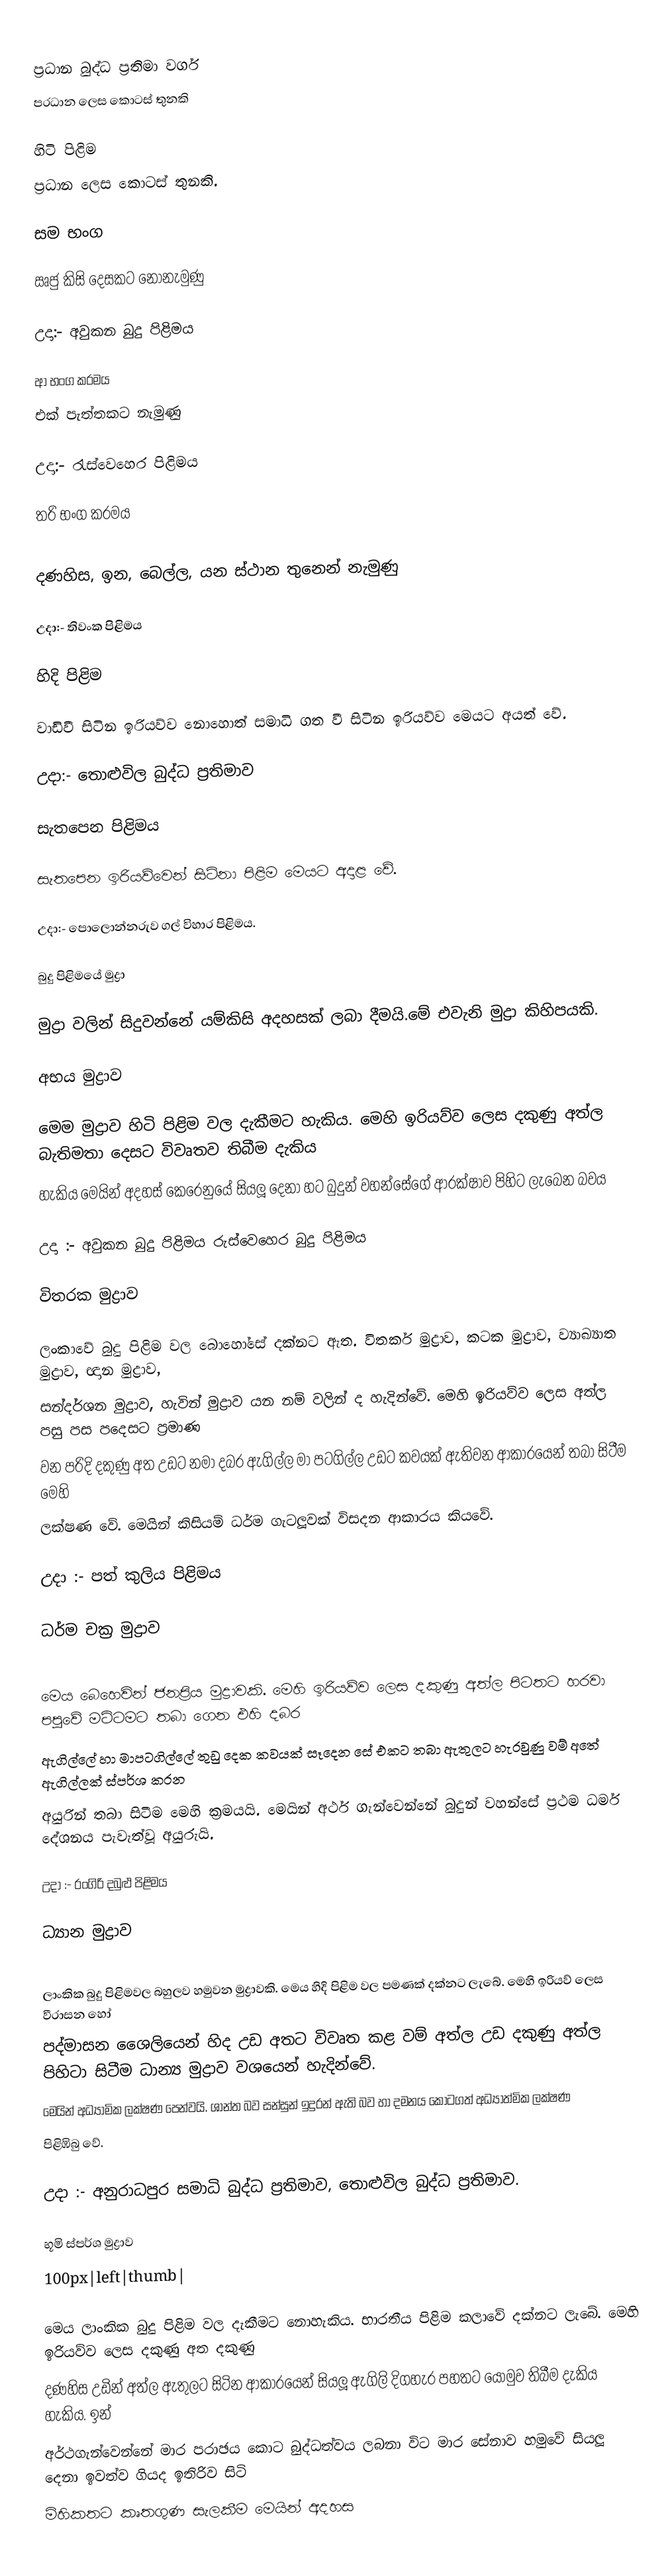

ප්‍රධාන බුද්ධ ප‍්‍රතිමා වර්ග
ප‍්‍රධාන ලෙස කොටස් තුනකි

හිටි පිළිම
ප‍්‍රධාන ලෙස කොටස් තුනකි.

සම භංග

ඍජු කිසි දෙසකට නොනැමුණු

උදා:-  අවුකන බුදු පිළිමය

ආ භංග ක‍්‍රමය
එක් පැත්තකට නැමුණු

උදා:- රැස්වෙහෙර පිළිමය

ත‍්‍රි භංග ක‍්‍රමය

දණහිස, ඉන, බෙල්ල, යන ස්ථාන තුනෙන් නැමුණු

උදා:- තිවංක පිළිමය

හිදි පිළිම

වාඩිවී සිටින ඉරියව්ව නොහොත් සමාධි ගත වී සිටින ඉරියව්ව මෙයට අයත් වේ.

උදා:- තොළුවිල බුද්ධ ප්‍රතිමාව

සැතපෙන පිළිමය

සැතපෙන ඉරියව්වෙන් සිටිනා පිළිම මෙයට අදාළ වේ.

උදා:- පොලොන්නරුව ගල් විහාර පිළිමය.

බුදු පිළිමයේ මුද්‍රා

මුද්‍රා වලින් සිදුවන්නේ යම්කිසි අදහසක් ලබා දීමයි.මේ එවැනි මුද්‍රා කිහිපයකි.

අභය මුද්‍රාව

මෙම මුද්‍රාව හිටි පිළිම වල දැකීමට හැකිය. මෙහි ඉරියව්ව ලෙස දකුණු අත්ල බැතිමතා දෙසට විවෘතව තිබීම දැකිය
හැකිය මෙයින් අදහස් කෙරෙනුයේ සියලූ දෙනා හට බුදුන් වහන්සේගේ ආරක්ෂාව පිහිට ලැබෙන බවය

උදා :- අවුකන බුදු පිළිමය රුස්වෙහෙර බුදු පිළිමය

විතරක මුද්‍රාව

ලංකාවේ බුදු පිළිම වල බොහෝසේ දක්නට ඇත. විතර්ක මුද්‍රාව, කටක මුද්‍රාව, ව්‍යාඛ්‍යාත මුද්‍රාව, ඥාන මුද්‍රාව,
සන්දර්ශන මුද්‍රාව, හැවින් මුද්‍රාව යන නම් වලින් ද හැදින්වේ. මෙහි ඉරියව්ව ලෙස අත්ල පසු පස පදෙසට ප‍්‍රමාණ
වන පරිදි දකුණු අත උඩට නමා දබර ඇගිල්ල මා පටගිල්ල උඩට කවයක් ඇතිවන ආකාරයෙන් තබා සිටීම මෙහි
ලක්ෂණ වේ. මෙයින් කිසියම් ධර්ම ගැටලූවක් විසදන ආකාරය කියවේ.

උදා :- පත් කුලිය පිළිමය

ධර්ම චක‍්‍ර මුද්‍රාව

මෙය බෙහෙවින් ජනප‍්‍රිය මුද්‍රාවකි. මෙහි ඉරියව්ව ලෙස දකුණු අත්ල පිටතට හරවා පපුවේ මට්ටමට තබා ගෙන එහි දබර
ඇගිල්ලේ හා මාපටගිල්ලේ තුඩු දෙක කවයක් සෑදෙන සේ එකට තබා ඇතුලට හැරවුණු වම් අතේ ඇගිල්ලක් ස්පර්ශ කරන
අයුරින් තබා සිටීම මෙහි ක‍්‍රමයයි. මෙයින් අර්ථ ගැන්වෙන්නේ බුදුන් වහන්සේ ප‍්‍රථම ධර්ම දේශනය පැවැත්වූ අයුරුයි.

උදා :- රංගිරි දබුළු පිළිමය

ධ්‍යාන මුද්‍රාව

ලාංකික බුදු පිළිමවල බහුලව හමුවන මුද්‍රාවකි. මෙය හිදි පිළිම වල පමණක් දක්නට ලැබේ. මෙහි ඉරියව් ලෙස වීරාසන හෝ
පද්මාසන ශෛලියෙන් හිද උඩ අතට විවෘත කළ වම් අත්ල උඩ දකුණු අත්ල පිහිටා සිටීම ධාන්‍ය මුද්‍රාව වශයෙන් හැදින්වේ.
මෙයින් අධ්‍යාමික ලක්ෂණ පෙන්වයි. ශාන්ත බව සන්සුන් ඉදුරන් ඇති බව හා දමනය කොටගත් අධ්‍යාත්මික ලක්ෂණ
පිළිඹිබු වේ.

උදා :- අනුරාධපුර සමාධි බුද්ධ ප‍්‍රතිමාව, තොළුවිල බුද්ධ ප‍්‍රතිමාව.

භූමි ස්පර්ශ මුද්‍රාව
100px|left|thumb|

මෙය ලාංකික බුදු පිළිම වල දැකීමට නොහැකිය. භාරතීය පිළිම කලාවේ දක්නට ලැබේ. මෙහි ඉරියව්ව ලෙස දකුණු අත දකුණු
දණහිස උඩින් අත්ල ඇතුලට සිටින ආකාරයෙන් සියලූ ඇගිලි දිගහැර පහතට යොමුව තිබීම දැකිය හැකිය. ඉන්
අර්ථගැන්වෙන්නේ මාර පරාඡය කොට බුද්ධත්වය ලබනා විට මාර සේනාව හමුවේ සියලූ දෙනා ඉවත්ව ගියද ඉතිරිව සිටි
මිහිකතට කෘතගුණ සැලකීම මෙයින් අදහස